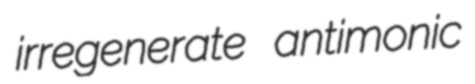
irregenerate antimonic